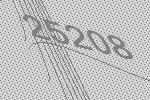
25208